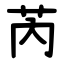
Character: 芮